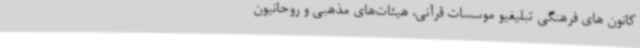
کانون های فرهنگی تبلیغیو موسسات قرآنی، هیئات‌های مذهبی و روحانیون